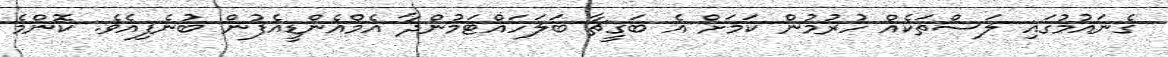
ގެނައުމުގައި ލަސްތަކެއް ހުރުމުން ކަމަށް އެ ބަގީޗާ ބަލަހައްޓަމުންދާ އެމްއެންޑީއެފުން ބުނެފިއެވެ. ކޮންމެ